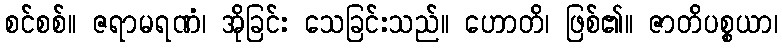
စင်စစ်။ ဇရာမရဏံ၊ အိုခြင်း သေခြင်းသည်။ ဟောတိ၊ ဖြစ်၏။ ဇာတိပစ္စယာ၊